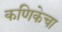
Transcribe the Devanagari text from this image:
कणिकेचा